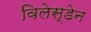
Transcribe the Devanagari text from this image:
विलेस्डेन